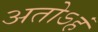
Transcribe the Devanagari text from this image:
अतोऽहं